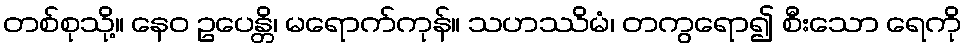
တစ်စုသို့။ နေဝ ဥပေန္တိ၊ မရောက်ကုန်။ သဟဿိမံ၊ တကွရော၍ စီးသော ရေကို